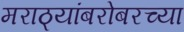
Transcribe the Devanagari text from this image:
मराठ्यांबरोबरच्या